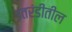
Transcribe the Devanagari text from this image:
उतरंडीतील